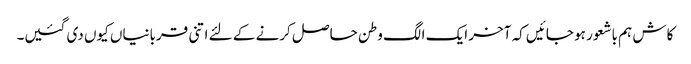
کاش ہم باشعور ہو جائیں کہ آخر ایک الگ وطن حاصل کرنے کے لئے اتنی قربانیاں کیوں دی گئیں۔